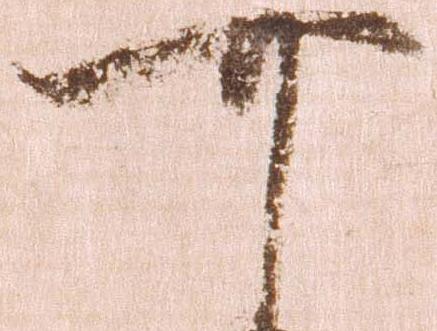
可